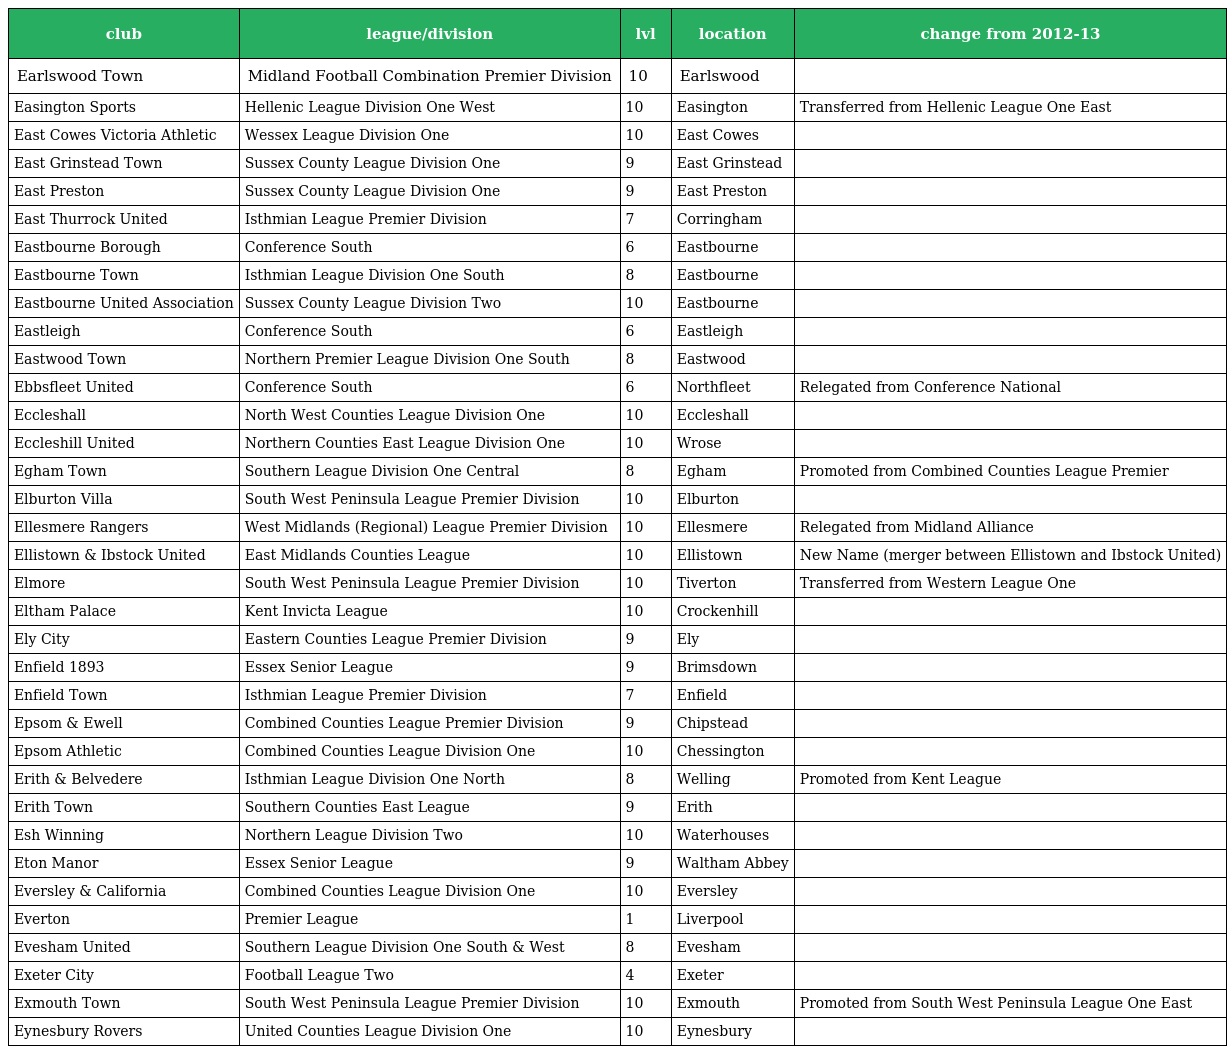
| club | league/division | lvl | location | change from 2012-13 |
 | --- | --- | --- | --- | --- |
 | Earlswood Town | Midland Football Combination Premier Division | 10 | Earlswood |  |
 | Easington Sports | Hellenic League Division One West | 10 | Easington | Transferred from Hellenic League One East |
 | East Cowes Victoria Athletic | Wessex League Division One | 10 | East Cowes |  |
 | East Grinstead Town | Sussex County League Division One | 9 | East Grinstead |  |
 | East Preston | Sussex County League Division One | 9 | East Preston |  |
 | East Thurrock United | Isthmian League Premier Division | 7 | Corringham |  |
 | Eastbourne Borough | Conference South | 6 | Eastbourne |  |
 | Eastbourne Town | Isthmian League Division One South | 8 | Eastbourne |  |
 | Eastbourne United Association | Sussex County League Division Two | 10 | Eastbourne |  |
 | Eastleigh | Conference South | 6 | Eastleigh |  |
 | Eastwood Town | Northern Premier League Division One South | 8 | Eastwood |  |
 | Ebbsfleet United | Conference South | 6 | Northfleet | Relegated from Conference National |
 | Eccleshall | North West Counties League Division One | 10 | Eccleshall |  |
 | Eccleshill United | Northern Counties East League Division One | 10 | Wrose |  |
 | Egham Town | Southern League Division One Central | 8 | Egham | Promoted from Combined Counties League Premier |
 | Elburton Villa | South West Peninsula League Premier Division | 10 | Elburton |  |
 | Ellesmere Rangers | West Midlands (Regional) League Premier Division | 10 | Ellesmere | Relegated from Midland Alliance |
 | Ellistown & Ibstock United | East Midlands Counties League | 10 | Ellistown | New Name (merger between Ellistown and Ibstock United) |
 | Elmore | South West Peninsula League Premier Division | 10 | Tiverton | Transferred from Western League One |
 | Eltham Palace | Kent Invicta League | 10 | Crockenhill |  |
 | Ely City | Eastern Counties League Premier Division | 9 | Ely |  |
 | Enfield 1893 | Essex Senior League | 9 | Brimsdown |  |
 | Enfield Town | Isthmian League Premier Division | 7 | Enfield |  |
 | Epsom & Ewell | Combined Counties League Premier Division | 9 | Chipstead |  |
 | Epsom Athletic | Combined Counties League Division One | 10 | Chessington |  |
 | Erith & Belvedere | Isthmian League Division One North | 8 | Welling | Promoted from Kent League |
 | Erith Town | Southern Counties East League | 9 | Erith |  |
 | Esh Winning | Northern League Division Two | 10 | Waterhouses |  |
 | Eton Manor | Essex Senior League | 9 | Waltham Abbey |  |
 | Eversley & California | Combined Counties League Division One | 10 | Eversley |  |
 | Everton | Premier League | 1 | Liverpool |  |
 | Evesham United | Southern League Division One South & West | 8 | Evesham |  |
 | Exeter City | Football League Two | 4 | Exeter |  |
 | Exmouth Town | South West Peninsula League Premier Division | 10 | Exmouth | Promoted from South West Peninsula League One East |
 | Eynesbury Rovers | United Counties League Division One | 10 | Eynesbury |  |